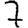
Digit: 7